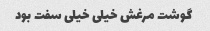
گوشت مرغش خیلی خیلی سفت بود